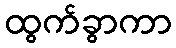
ထွက်ခွာကာ